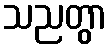
သညတွာ